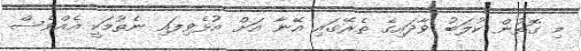
މި ގޮތުން ކުލަބު ވާދައިގެ ތެރޭގައި އޭނާ އަށް އުޅެވިފައި ނެތުމަކީ އެއްވެސް